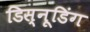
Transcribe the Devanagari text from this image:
डिस्नूडिंग